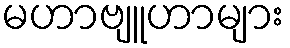
မဟာဗျူဟာများ